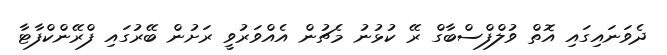
ދެވަނައިގައި އޮތް ވުލްފްސްބާގް ރޭ ކުޅުނު މެޗުން އެއްވަރުވީ ރަށުން ބޭރުގައި ފްރޭންކްފާޓާ